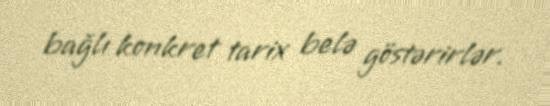
bağlı konkret tarix belə göstərirlər.